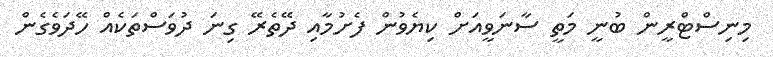
މިނިސްޓްރީން ބުނީ މަތީ ސާނަވީއަށް ކިޔެވުން ފެށުމާއި ދޭތެރޭ ގިނަ ދުވަސްތަކެއް ހޭދަވެގެން